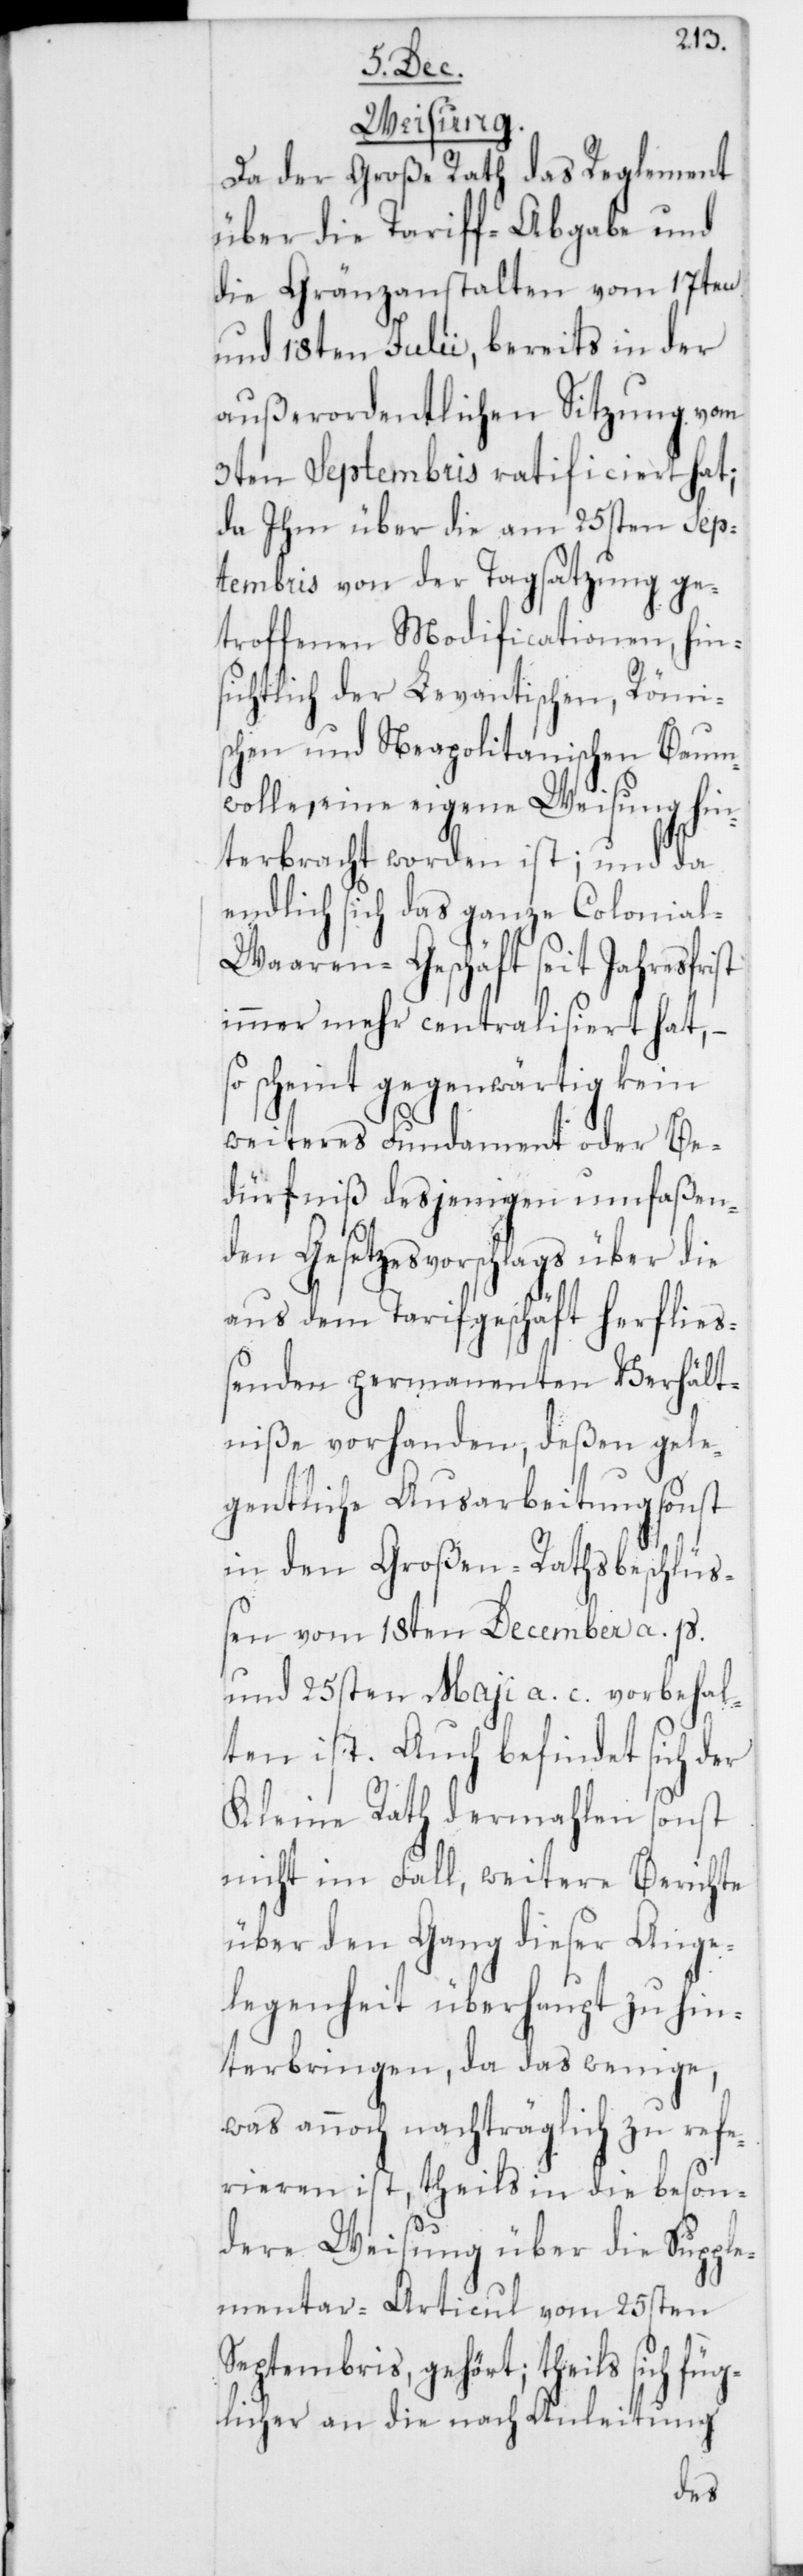
Weisung.
Da der Große Rath das Reglement
über die Tariff-Abgabe und
die Gränzanstalten vom 17ten
und 18ten Julii, bereits in der
außerordentlichen Sitzung vom
3ten Septembris ratificiert hat;
da Ihm über die am 25sten Sep¬
tembris von der Tagsatzung ge¬
troffenen Modificationen, hin¬
sichtlich der Levantischen, Römi¬
schen und Neapolitanischen Baum¬
wolle, eine eigene Weisung hin¬
terbracht worden ist; und da
endlich sich das ganze Colonia¬
l-Waaren-Geschäft seit Jahresfrist
immer mehr centralisiert hat, –
so scheint gegenwärtig kein
weiteres Fundament oder Be¬
dürfniß desjenigen umfaßen¬
den Gesetzesvorschlags über die
aus dem Tarifgeschäft herflie¬
ßenden permanenten Verhält¬
niße vorhanden, deßen gele¬
gentliche Ausarbeitung sonst
in den Großen-Rathsbeschlüß¬
en vom 18ten December a. p.
und 25sten Maji a. c. vorbehal¬
ten ist. Auch befindet sich der
Kleine Rath dermahlen sonst
nicht im Fall, weitere Berichte
über den Gang dieser Ange¬
legenheit überhaupt zu hin¬
terbringen, da das wenige,
was annoch nachträglich zu refe¬
rieren ist, theils in die beson¬
dere Weisung über die Suppl¬
ementar-Articul vom 25sten
Septembris, gehört; theils sich fü¬
glicher an die nach Anleitung